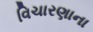
વિચારણાના